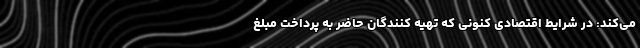
می‌کند: در شرایط اقتصادی کنونی که تهیه کنندگان حاضر به پرداخت مبلغ